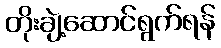
တိုးချဲ့ဆောင်ရွက်ရန်